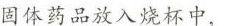
固体药品放入烧杯中，